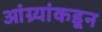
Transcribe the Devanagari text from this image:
आंग्र्‌यांकडून